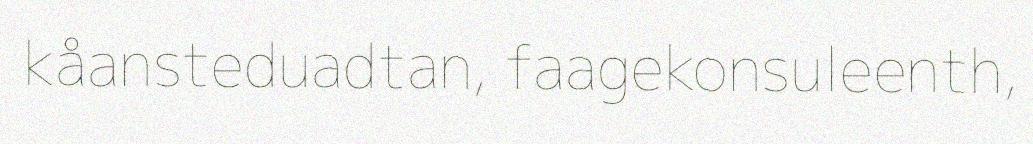
kåansteduadtan, faagekonsuleenth,